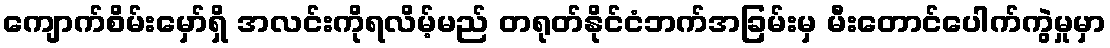
ကျောက်စိမ်းမှော်ရှိ အလင်းကိုရလိမ့်မည် တရုတ်နိုင်ငံဘက်အခြမ်းမှ မီးတောင်ပေါက်ကွဲမှုမှာ